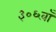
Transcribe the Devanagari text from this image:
३०६वाँ